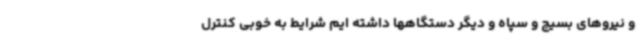
و نیروهای بسیج و سپاه و دیگر دستگاهها داشته ایم شرایط به خوبی کنترل